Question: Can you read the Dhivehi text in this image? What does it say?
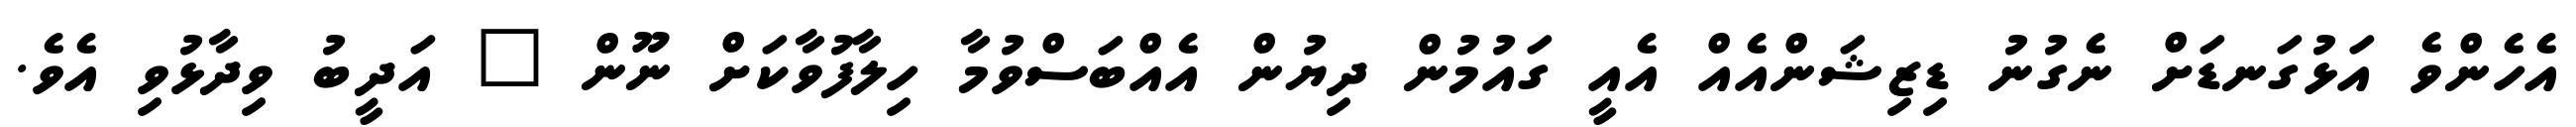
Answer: އެހެންވެ އަޅުގަނޑަށް ނެގުނު ޑިޒިޝަންއެއް އެއީ ގައުމުން ދިޔުން އެއްބަސްވުމާ ހިލާފުވާކަށް ނޫން " އަދީބު ވިދާޅުވި އެވެ.